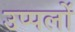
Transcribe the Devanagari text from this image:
उप्पलों